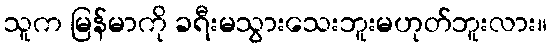
သူက မြန်မာကို ခရီးမသွားသေးဘူးမဟုတ်ဘူးလား။